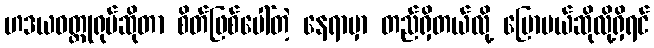
ဟဒယဝတ္ထုရုပ်ဆိုတာ စိတ်ဖြစ်ပေါ်တဲ့ နေရာမှာ တည်ရှိတယ်လို့ ပြောမယ်ဆိုလို့ရှိရင်